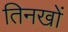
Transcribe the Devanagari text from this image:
तिनखों